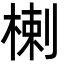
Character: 楋